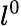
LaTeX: l^{0}